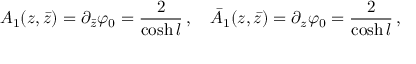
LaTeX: A _ { 1 } ( z , \bar { z } ) = \partial _ { \bar { z } } \varphi _ { 0 } = \frac { 2 } { \cosh { l } } \, , \quad \bar { A } _ { 1 } ( z , \bar { z } ) = \partial _ { z } \varphi _ { 0 } = \frac { 2 } { \cosh { l } } \, ,